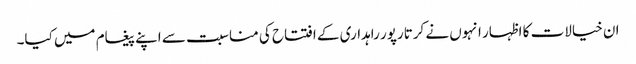
ان خیالات کا اظہار انہوں نے کرتارپور راہداری کے افتتاح کی مناسبت سے اپنے پیغام میں کیا۔